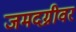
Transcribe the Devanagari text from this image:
जमदग्नीवर